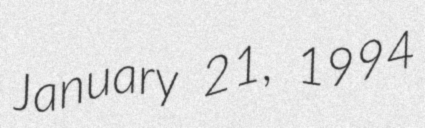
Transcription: January 21, 1994